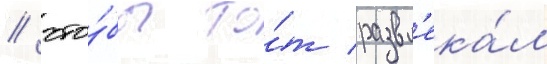
/ что́бы то́т развл'ека́л